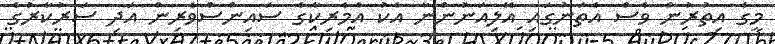
މީގެ އިތުރުން ވެސް އެތަނުގައި އޭލިއަނުންނާ އެކު އެމެރިކާގެ ސައިންސްވެރިން އަދި ސަރުކާރުގެ